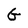
Character: G